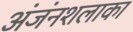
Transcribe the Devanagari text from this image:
अंजंनशलाका